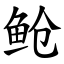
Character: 䲝